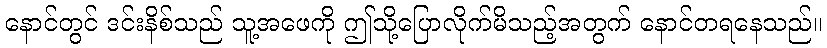
နောင်တွင် ဒင်းနိစ်သည် သူ့အဖေကို ဤသို့ပြောလိုက်မိသည့်အတွက် နောင်တရနေသည်။